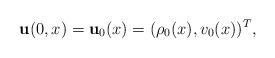
LaTeX: \begin{align*}\textbf{u}(0, x)=\textbf{u}_{0}(x)=(\rho_{0}(x), v_{0}(x))^{T},\end{align*}